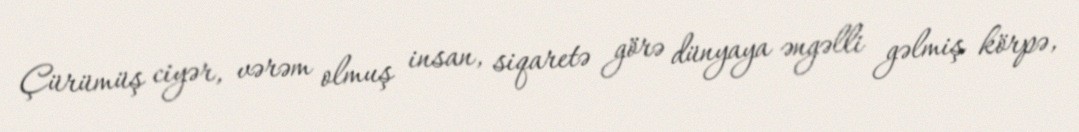
Çürümüş ciyər, vərəm olmuş insan, siqaretə görə dünyaya əngəlli gəlmiş körpə,